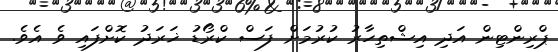
ޕްރިންޓިން އަދި އިޝްތިހާރު ކުރުމަށް ފަސް ކްރޯޑު ޚަރަދު ކޮށްފައި ވެ އެވެ.